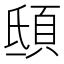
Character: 𩑾